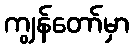
ကျွန်တော်မှာ